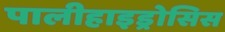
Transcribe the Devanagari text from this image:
पालीहाइड्रोसिस